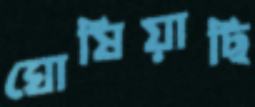
ঘোষিয়াছি